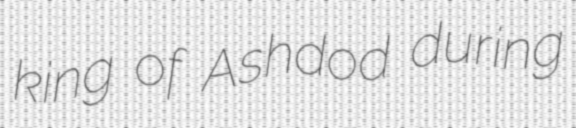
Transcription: king of Ashdod during